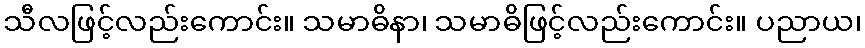
သီလဖြင့်လည်းကောင်း။ သမာဓိနာ၊ သမာဓိဖြင့်လည်းကောင်း။ ပညာယ၊